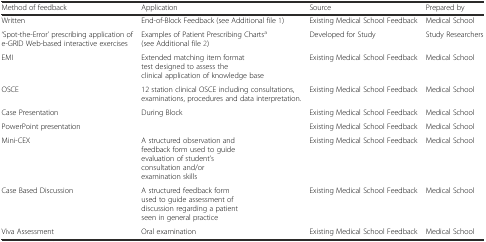
<table><thead><tr><td><b>Method of feedback</b></td><td><b>Application</b></td><td><b>Source</b></td><td><b>Prepared by</b></td></tr></thead><tbody><tr><td>Written</td><td>End-of-Block Feedback (see Additional file 1)</td><td>Existing Medical School Feedback</td><td>Medical School</td></tr><tr><td>‘Spot-the-Error’ prescribing application of e-GRID Web-based interactive exercises</td><td>Examples of Patient Prescribing Charts<sup>a</sup> (see Additional file 2)</td><td>Developed for Study</td><td>Study Researchers</td></tr><tr><td>EMI</td><td>Extended matching item format test designed to assess the clinical application of knowledge base</td><td>Existing Medical School Feedback</td><td>Medical School</td></tr><tr><td>OSCE</td><td>12 station clinical OSCE including consultations, examinations, procedures and data interpretation.</td><td>Existing Medical School Feedback</td><td>Medical School</td></tr><tr><td>Case Presentation</td><td>During Block</td><td>Existing Medical School Feedback</td><td>Medical School</td></tr><tr><td>PowerPoint presentation</td><td></td><td>Existing Medical School Feedback</td><td>Medical School</td></tr><tr><td>Mini-CEX</td><td>A structured observation and feedback form used to guide evaluation of student’s consultation and/or examination skills</td><td>Existing Medical School Feedback</td><td>Medical School</td></tr><tr><td>Case Based Discussion</td><td>A structured feedback form used to guide assessment of discussion regarding a patient seen in general practice</td><td>Existing Medical School Feedback</td><td>Medical School</td></tr><tr><td>Viva Assessment</td><td>Oral examination</td><td>Existing Medical School Feedback</td><td>Medical School</td></tr></tbody></table>